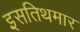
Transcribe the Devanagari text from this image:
इसतिथमार